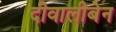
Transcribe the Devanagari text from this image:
दीवालीबेन